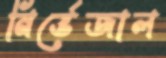
নির্ভেজাল